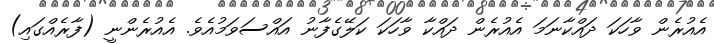
އެއުރެން ވާހަކަ ދައްކާނަމަ އެއުރެން ދައްކާ ވާހަކަ ކަލޭގެފާނު އައްސަވަމުއެވެ. އެއުރެންނީ (ފާރެއްގައި)